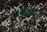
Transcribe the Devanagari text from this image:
कैलाशाचल